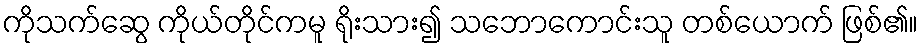
ကိုသက်ဆွေ ကိုယ်တိုင်ကမူ ရိုးသား၍ သဘောကောင်းသူ တစ်ယောက် ဖြစ်၏။